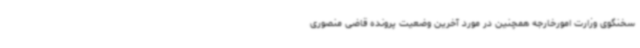
سخنگوی وزارت امورخارجه همچنین در مورد آخرین وضعیت پرونده قاضی منصوری